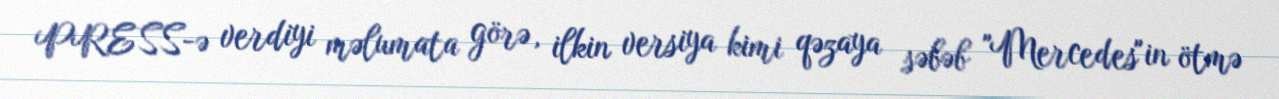
PRESS-ə verdiyi məlumata görə, ilkin versiya kimi qəzaya səbəb "Mercedes"in ötmə